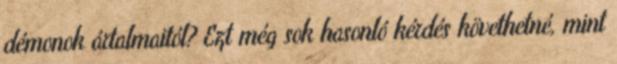
démonok ártalmaitól? Ezt még sok hasonló kérdés követhetné, mint